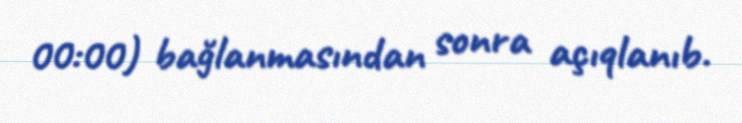
00:00) bağlanmasından sonra açıqlanıb.